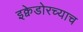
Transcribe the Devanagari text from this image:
इक्वेडोरच्याच